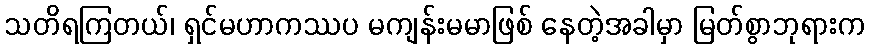
သတိရကြတယ်၊ ရှင်မဟာကဿပ မကျန်းမမာဖြစ် နေတဲ့အခါမှာ မြတ်စွာဘုရားက